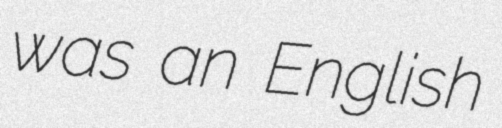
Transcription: was an English